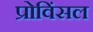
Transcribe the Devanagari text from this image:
प्रोविंसल